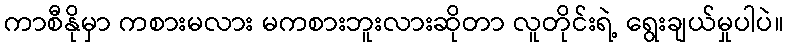
ကာစီနိုမှာ ကစားမလား မကစားဘူးလားဆိုတာ လူတိုင်းရဲ့ ရွေးချယ်မှုပါပဲ။